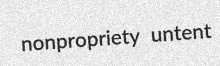
nonpropriety untent